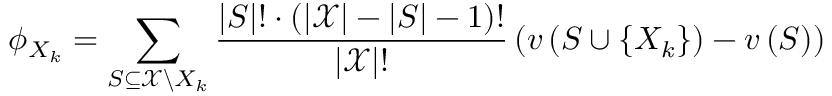
\phi _ { X _ { k } } = \sum _ { S \subseteq \mathcal { X } \backslash X _ { k } } \frac { | S | ! \cdot \left( | \mathcal { X } | - | S | - 1 \right) ! } { | \mathcal { X } | ! } \left( v \left( S \cup \left\{ X _ { k } \right\} \right) - v \left( S \right) \right)